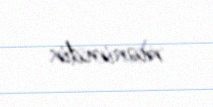
mənimdir.